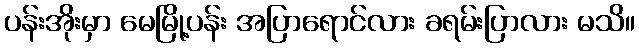
ပန်းအိုးမှာ မေမြို့ပန်း အပြာရောင်လား ခရမ်းပြာလား မသိ။